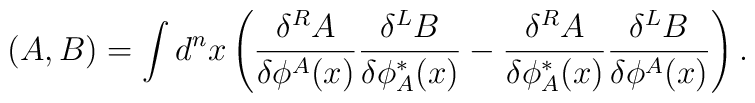
(A,B)=\int d^n x \left( \frac{\delta^R {A}}{\delta \phi^A(x)}\frac{\delta^L {B}}{\delta \phi^*_A(x)}- \frac{\delta^R {A}}{\delta \phi^*_A(x)}\frac{\delta^L {B}}{\delta \phi^A(x)}\right).